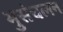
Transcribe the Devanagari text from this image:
भुसंचलन